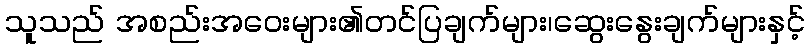
သူသည် အစည်းအဝေးများ၏တင်ပြချက်များ၊ဆွေးနွေးချက်များနှင့်